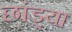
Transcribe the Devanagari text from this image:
छांड्या